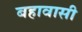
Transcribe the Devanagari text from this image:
बहावासी